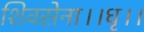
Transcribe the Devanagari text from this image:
शिवसेना।।धृ।।